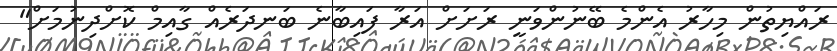
ރައްޔިތުން މިހާރު އެންމެ ބޭނުންވަނީ ރަށަށް އަރާ ފައިބާނެ ބަނދަރެއް ގާއިމް ކޮށްދިނުމަށް"